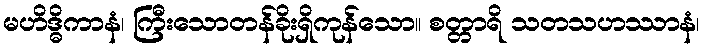
မဟိဒ္ဓိကာနံ၊ ကြီးသောတန်ခိုးရှိကုန်သော။ စတ္တာရိ သတသဟဿာနံ၊